Indian journal of veterinary science and animal husbandry - Volume 5,
Year: 1935
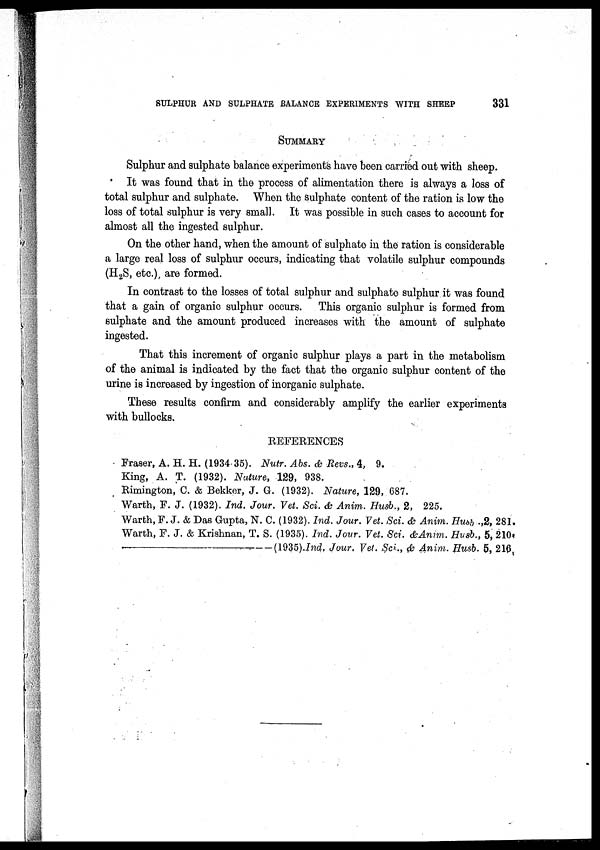
SULPHUR AND SULPHATE BALANCE EXPERIMENTS WITH SHEEP
331
SUMMARY
Sulphur and sulphate balance experiments have been carried out with sheep.
It was found that in the process of alimentation there is always a loss of
total sulphur and sulphate. When the sulphate content of the ration is low the
loss of total sulphur is very small. It was possible in such cases to account for
almost all the ingested sulphur.
On the other hand, when the amount of sulphate in the ration is considerable
a large real loss of sulphur occurs, indicating that volatile sulphur compounds
(H 2 S, etc.), are formed.
In contrast to the losses of total sulphur and sulphate sulphur it was found
that a gain of organic sulphur occurs. This organic sulphur is formed from
sulphate and the amount produced increases with the amount of sulphate
ingested.
That this increment of organic sulphur plays a part in the metabolism
of the animal is indicated by the fact that the organic sulphur content of the
urine is increased by ingestion of inorganic sulphate.
These results confirm and considerably amplify the earlier experiments
with bullocks.
REFERENCES
Fraser, A. H. H. (1934-35). Nutr. Abs. & Revs., 4, 9.
King, A. T. (1932). Nature, 129, 938.
Rimington, C. & Bekker, J. G. (1932). Nature, 129, 687.
Warth, F. J. (1932). Ind. Jour. Vet. Sci. & Anim. Husb., 2, 225.
Warth, F. J. & Das Gupta, N. C. (1932). Ind. Jour. Vet. Sci. & Anim. Husb, .,2, 281.
Warth, F. J. & Krishnan, T. S. (1935). Ind. Jour. Vet. Sci. &Anim. Husb., 5, 210.
—(1935).Ind.
Jour. Vet. Sci., & Anim. Husb. 5, 216.